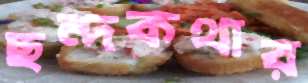
ছন্দকথার